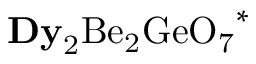
\mathrm { { \bf D y } _ { 2 } B e _ { 2 } G e O _ { 7 } } ^ { * }